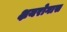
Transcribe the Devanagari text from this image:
क्षयरोगास